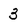
Character: 3